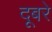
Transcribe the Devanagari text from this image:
दूबरे